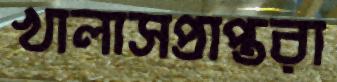
খালাসপ্রাপ্তরা